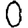
Digit: 0